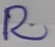
Text: R